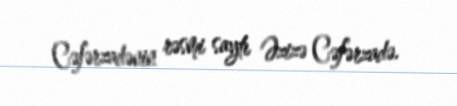
Cəfərzadənin rəsmi saytı Əzizə Cəfərzadə.